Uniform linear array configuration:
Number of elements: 12
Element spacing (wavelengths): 0.25
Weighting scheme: blackman
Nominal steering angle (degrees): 45
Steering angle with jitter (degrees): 44.978
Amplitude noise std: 0.05
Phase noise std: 0.05

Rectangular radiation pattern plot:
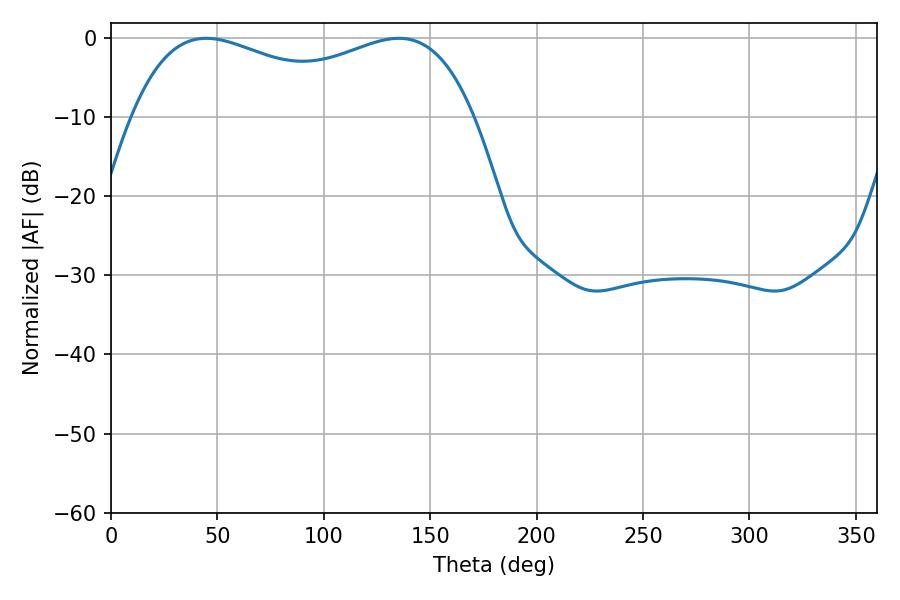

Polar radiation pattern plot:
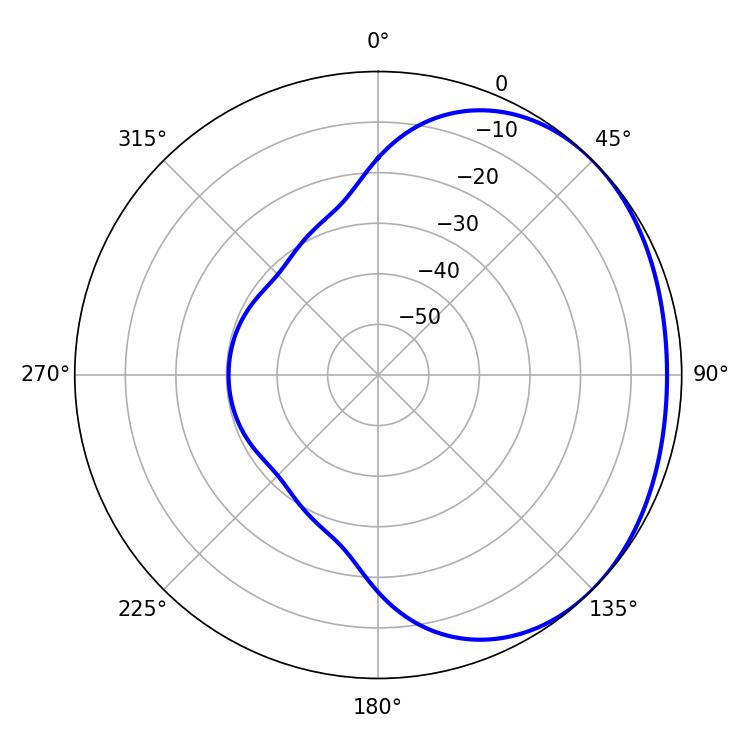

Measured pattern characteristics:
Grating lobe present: FALSE
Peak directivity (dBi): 1.56
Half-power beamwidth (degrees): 132.48
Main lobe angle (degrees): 44.82